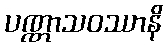
ပဏ္ဏာသဝဿာနိ